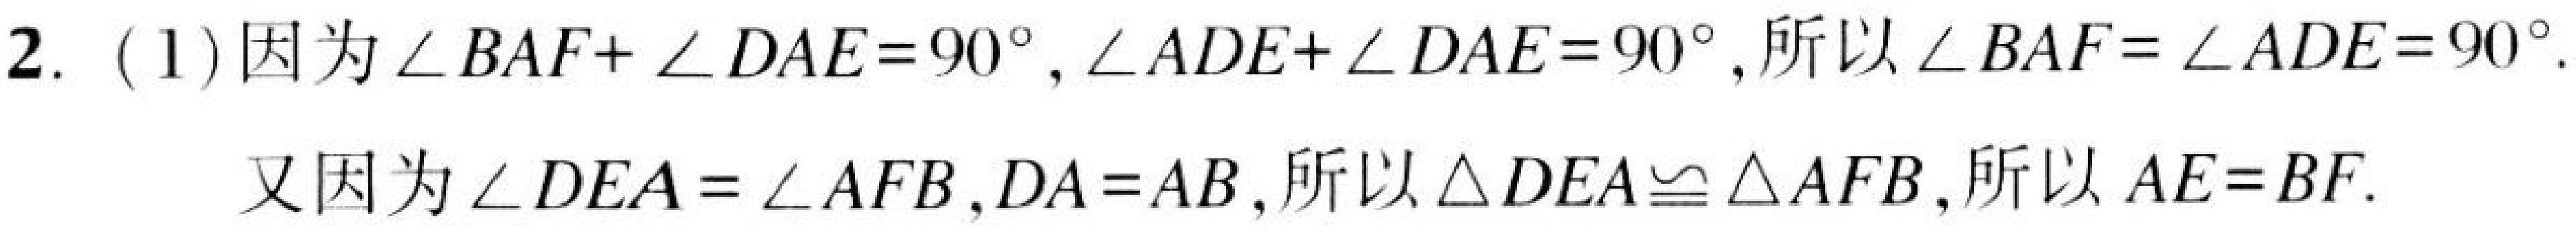
2. (1)因为\(\angle BAF+\angle DAE = 90^{\circ},\angle ADE+\angle DAE = 90^{\circ}\),所以\(\angle BAF=\angle ADE = 90^{\circ}\).
又因为\(\angle DEA=\angle AFB,DA = AB\),所以\(\triangle DEA\cong\triangle AFB\),所以\(AE = BF\).